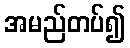
အမည်တပ်၍